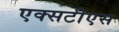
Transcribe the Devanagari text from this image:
एक्सटीएस